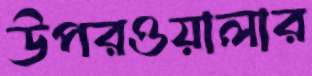
উপরওয়ালার